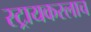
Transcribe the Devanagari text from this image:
स्ट्रायकरलाच